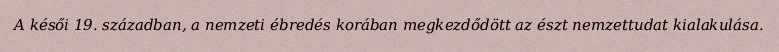
A késői 19. században, a nemzeti ébredés korában megkezdődött az észt nemzettudat kialakulása.